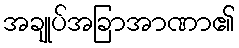
အချုပ်အခြာအာဏာ၏